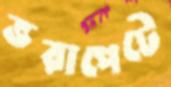
ভরাপেটে